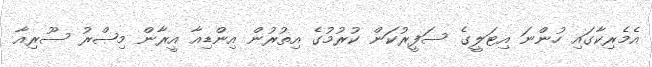
އެމެރިކާގައި ހުންނަ އިޓަލީގެ ސަފީރުކަން ކުރުމުގެ އިތުރުން އިންޑިއާ އީރާން މިޞްރު ސޫރިއާ